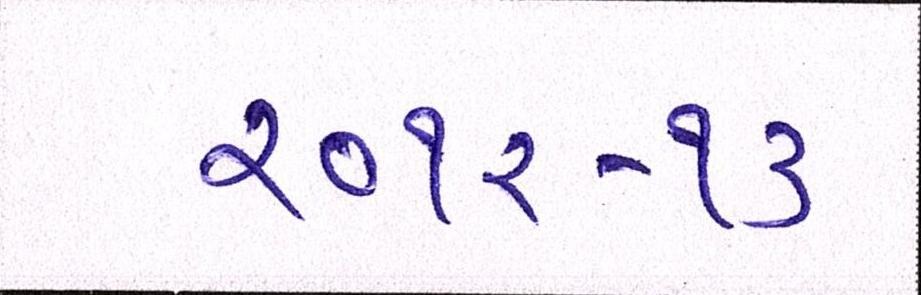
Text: ૨૦૧૨-૧૩